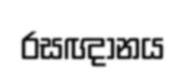
රසඥානය